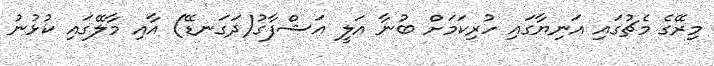
މިރޭގެ މެޗުގައި އަނިޔާގައި ހުރިކަމަށް ބުނާ އަލީ އަޝްފާގު(ދަގަނޑޭ) އާއި މާލޭގައި ކުޅުނު